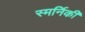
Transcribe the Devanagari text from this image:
स्मर्निकी